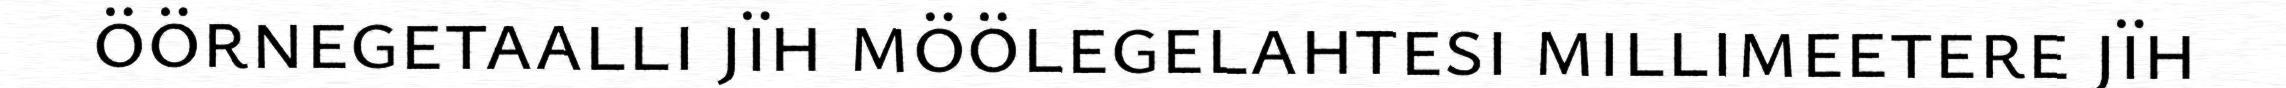
öörnegetaalli jïh möölegelahtesi millimeetere jïh